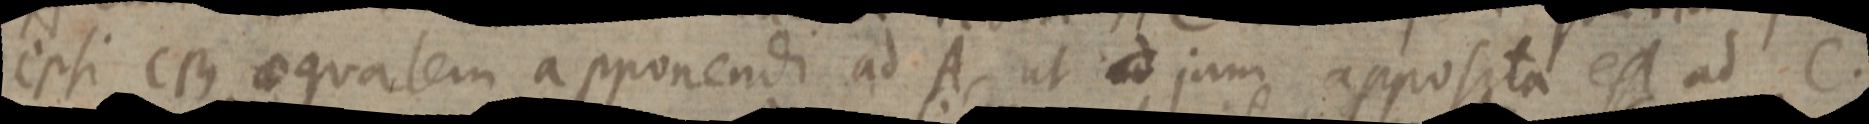
epsi CB aequalem apponendi ad A, ut ad jam apposita est ad C.